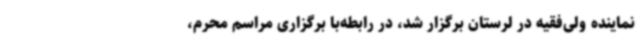
نماینده ولی‌فقیه در لرستان برگزار شد، در رابطه‌با برگزاری مراسم محرم،